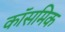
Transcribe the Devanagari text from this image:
कॉसमिक